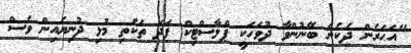
"އަހަރެން ދެކެން ބޭނުންވާ ދުވަހަކީ ޕްލާސްޓިކް ފަދަ ތަކެތި މުޅި ދުނިޔެއިން ވެސް